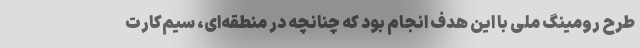
طرح رومینگ ملی با این هدف انجام بود که چنانچه در منطقه‌ای، سیم‌کارت